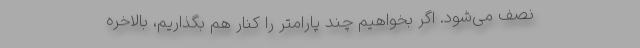
نصف می‌شود. ‌‌اگر بخواهیم چند پارامتر را کنار هم بگذاریم، بالاخره